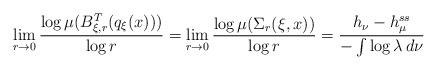
LaTeX: \begin{align*}\lim _{r \rightarrow 0} \frac{\log \mu ( B ^T _{\xi, r} ( q _\xi (x) ) )}{\log r} = \lim _{r \rightarrow 0} \frac{\log \mu ( \Sigma _r ( \xi , x ) )}{\log r} = \frac{ h _\nu - h _{\mu } ^{ss} }{ - \int \log \lambda \, d \nu }\end{align*}